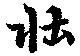
壮